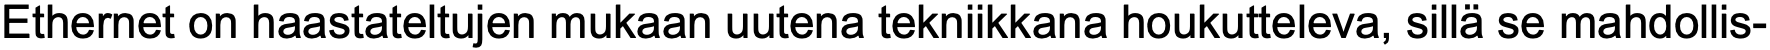
Ethernet on haastateltujen mukaan uutena tekniikkana houkutteleva, sillä se mahdollis-